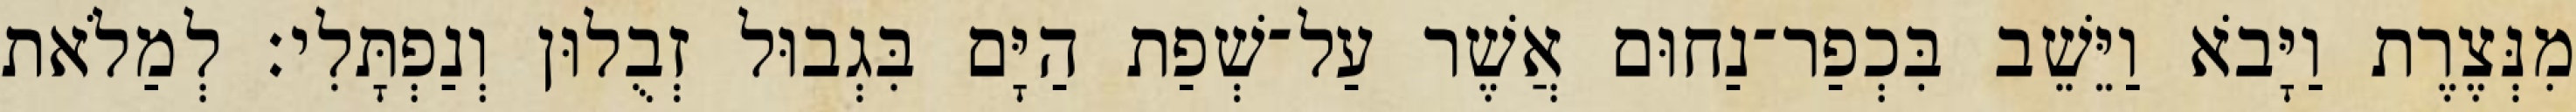
מִנְּצֶרֶת וַיָּבֹא וַיֵּשֵׁב בִּכְפַר־נַחוּם אֲשֶׁר עַל־שְׁפַת הַיָּם בִּגְבוּל זְבֻלוּן וְנַפְתָּלִי׃ לְמַלֹאת